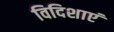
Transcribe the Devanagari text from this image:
विदिशाएं